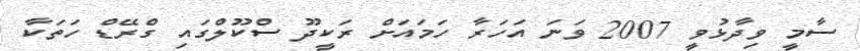
ސާމީ ވިދާޅުވީ 2007 ވަނަ އަަހަރާ ހަމައަށް ރަކީދޫ ސްކޫލްގައި ގްރޭޑް ހަތަކާ